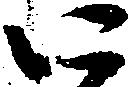
四